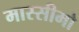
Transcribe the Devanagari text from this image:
मास्सीमो